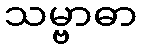
သမ္ဗာဓာ